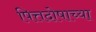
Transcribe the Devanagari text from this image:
पित्तदोषाच्या